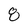
Character: 8